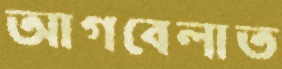
আগবেলাত